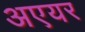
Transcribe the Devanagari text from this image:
अएयर